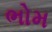
ભોમ